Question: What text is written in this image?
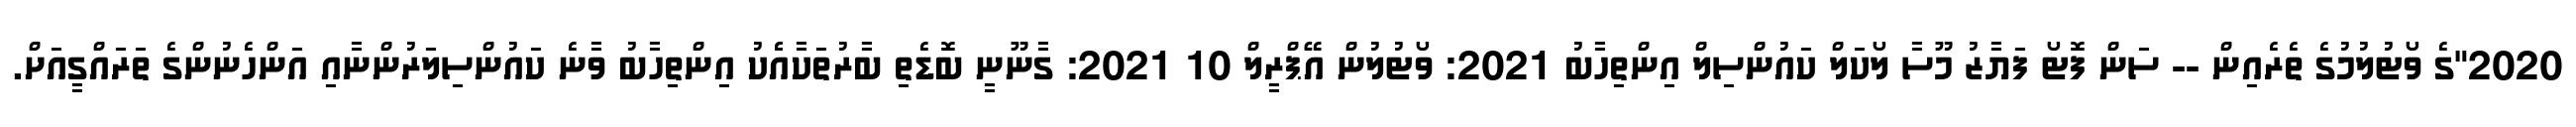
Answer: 2020"ގެ ވޯޓުލުމުގެ ތެރެއިން -- ސަން ފޮޓޯ ފަޔާޒު މޫސާ ލޯކަލް ކައުންސިލް އިންތިހާބު 2021: ވޯޓުލުން އޭޕްރީލް 10 2021: ގާނޫނީ ބޮޑެތި ބާރުތަކާއެެކު އިންތިހާބު ވާނެ ކައުންސިލަރުންނާއި އަންހެނުންގެ ތަރައްގީއަށް.